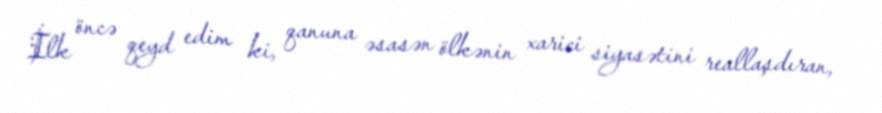
İlk öncə qeyd edim ki, qanuna əsasən ölkənin xarici siyasətini reallaşdıran,